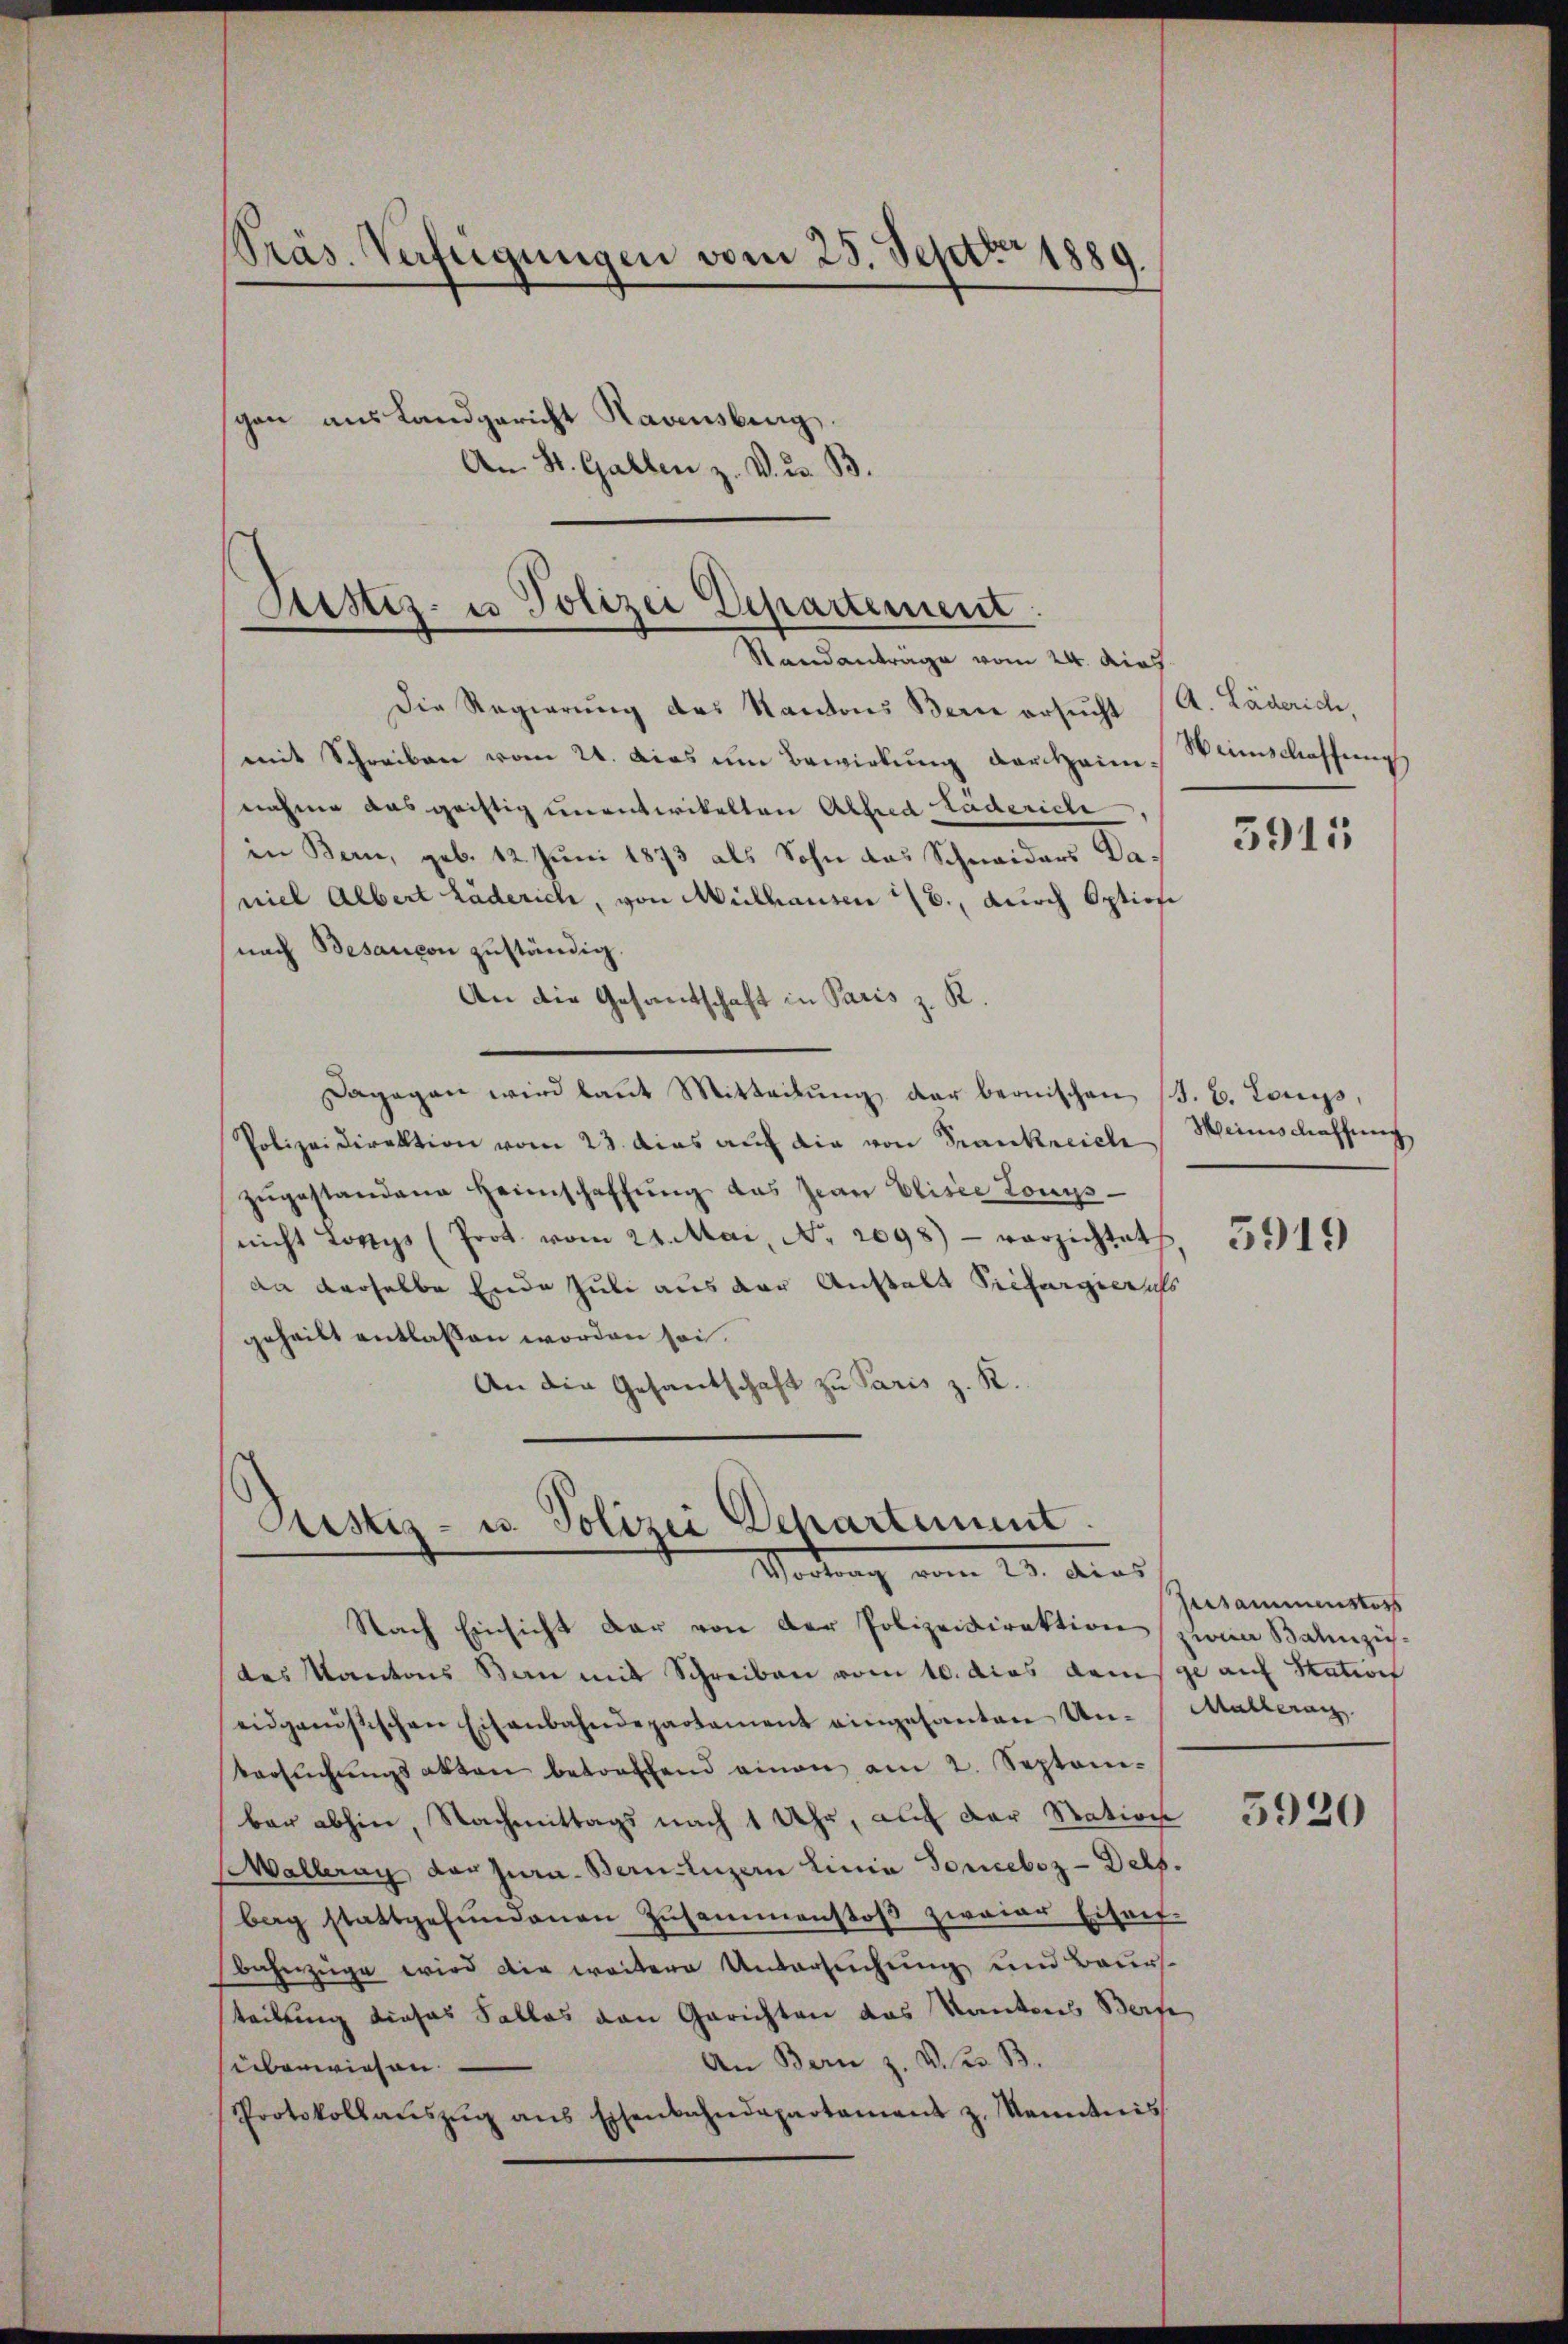
Die Regierung des Kantons Bern ersucht (A. Läderich,
mit Schreiben vom 21. Das im Bewirkŭng dersamnahme das gaiftig unentwikelten Alfred Läderich,
in Bern, geb. 12. Juni 1873 als Sohn das Schweiders Daniel Albert Läderich, von Mülhausen B., durch Option
nach Besancon zuständig.
An die Gesandschaft in Paris z. R.
Dagegen wird laut Mitteilung der bernischen (S. B. Louis,
Polizeidirektion vom 23. dies aŭf die von Frankreich
zŭgestandene Heimschaffŭng das Jean Elisée Louis-
nicht Lorys (Prot. vom 24. Mai, No. 2098 - verzichtet
an derselbe Ende Juli aus der Anstalt Prefergerichs
geheilt entlassen worden sei.
An die Gesantschaft zu Paris z. R.

Präs. Verfügungen vom 25. Septer 1889.
scon aus Landgericht Havensberg.
An St. Gallen z. V. d. B.

Justiz- u Polizei Departement
Standanträge vom 24. dies

Justiz- u. Polizei Departement
Wortrag vom 13. dies

Weinschaffung

Nach Einsicht dar von der Polizeidirektion zwar Balizis
des Kantons San mit Schreiben vom 10. dies damse auf Station
eidganŭstischen Eisenbahndepartament eingesanten Un- Malleran.
Versŭchŭngsakten betreffend einen am 2. Septem-
bar abhin, Nachmittags nach 1 Uhr, auf der Station
Malleray der Jura. Bern luzern Linia Tonceboz - Dels.
bag stattgefŭndenen Zusammenstoβ zwaiar Eisen-
Bahnzüge wird die weitere Untersuchung und Baurs-
teilung dieses Falles von Gerichten das Kantons Berfe
An Bern z. v. der B.
überwiesen
Protokollaŭszŭg ans Eisenbahndepartament z. Kenntnis

3911

Heinschaffung

5919

Versammenstoss

5920